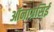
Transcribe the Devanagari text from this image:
ऑनाग्रसिई